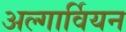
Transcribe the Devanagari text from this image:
अल्गार्वियन